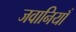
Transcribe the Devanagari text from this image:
जवानियाँ